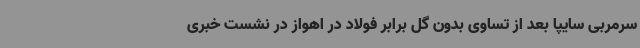
سرمربی سایپا بعد از تساوی بدون گل برابر فولاد در اهواز در نشست خبری